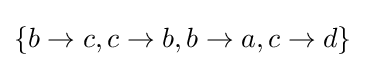
\{b\rightarrow c,c\rightarrow b,b\rightarrow a,c\rightarrow d\}